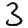
Digit: 3